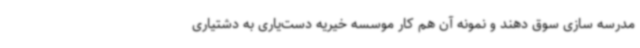
مدرسه سازی سوق دهند و نمونه آن هم کار موسسه خیریه دست‌یاری به دشتیاری